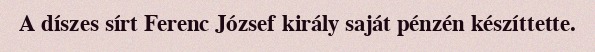
A díszes sírt Ferenc József király saját pénzén készíttette.